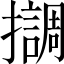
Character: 𢸛